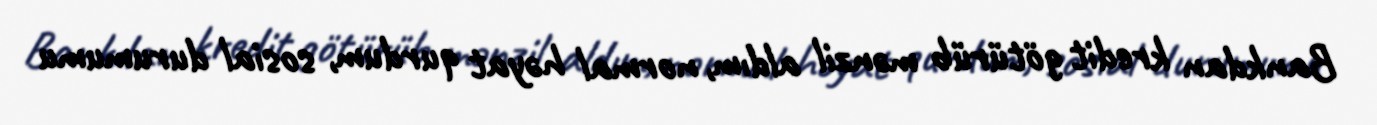
Bankdan kredit götürüb mənzil aldım, normal həyat qurdum, sosial durumumu